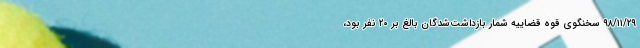
۹۸/۱۱/۲۹ سخنگوی قوه قضاییه شمار بازداشت‌شدگان بالغ بر ۲۰ نفر بود،